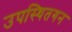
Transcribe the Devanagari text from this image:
उपस्थितगन